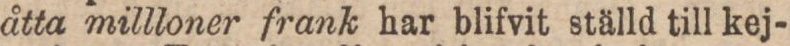
åtta millloner frank har blifvit ställd till kej-